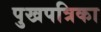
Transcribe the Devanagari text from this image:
पुखपत्रिका